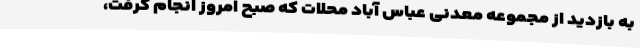
به بازدید از مجموعه معدنی عباس آباد محلات که صبح امروز انجام گرفت،